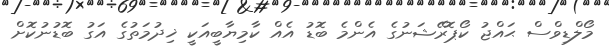
މޯލްޑިވްސް ޙައްޖު ކޯޕޮރޭޝަނުގެ އެންމެ ބޮޑު އެއް ކާމިޔާބީއަކީ ޚިދުމަތުގެ އަގު ބޮޑުނުކޮށް